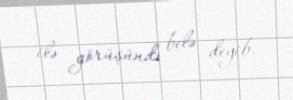
ilə görüşündə belə deyib.